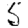
Digit: 5